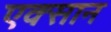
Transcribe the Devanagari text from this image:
एक्सान